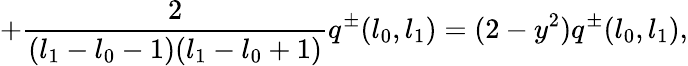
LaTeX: +\frac{2}{(l_{1}-l_{0}-1)(l_{1}-l_{0}+1)}q^{\pm}(l_{0},l_{1})=(2-y^{2})q^{\pm}(l_{0},l_{1}),